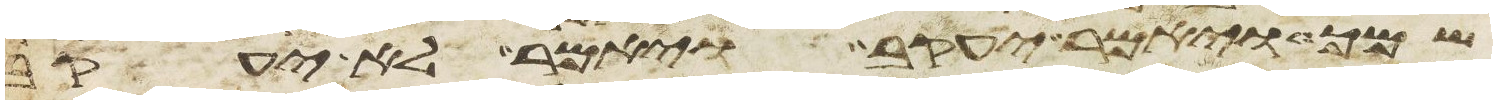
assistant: שמך ויאמר יעקב ויאמר לא יעקב